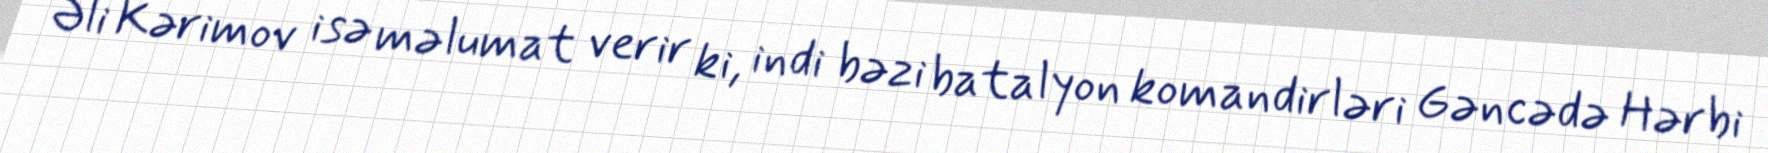
Əli Kərimov isə məlumat verir ki, indi bəzi batalyon komandirləri Gəncədə Hərbi